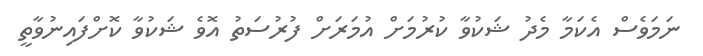
ނަމަވެސް އެކަމާ މެދު ޝަކުވާ ކުރުމަށް އުމަރަށް ފުރުސަތު އޮވެ ޝަކުވާ ކޮށްފައިނުވާތީ